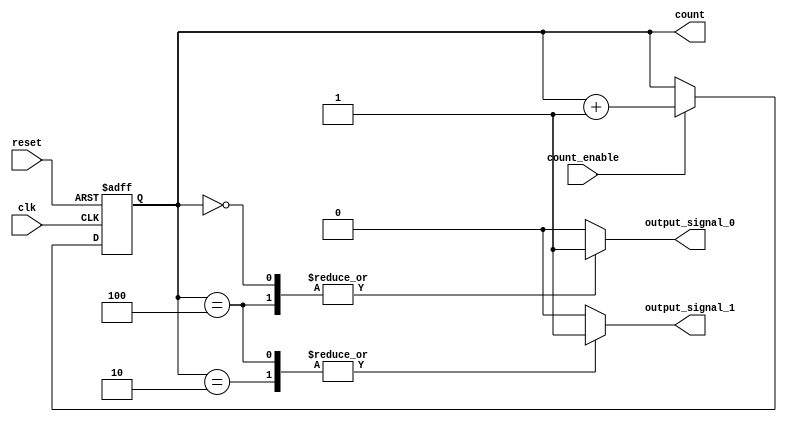
module synchronous_counter (
    input wire clk,                // Clock input
    input wire reset,              // Asynchronous reset input
    input wire count_enable,       // Count enable input
    output reg [3:0] count,        // 4-bit counter register
    output reg output_signal_0,    // Output signal based on count value
    output reg output_signal_1     // Another output signal based on count value
);

// Asynchronous reset and synchronous counting
always @(posedge clk or posedge reset) begin
    if (reset) begin
        count <= 4'b0000;          // Initialize counter to 0 on reset
    end else if (count_enable) begin
        count <= count + 1;        // Increment counter on clock edge if enabled
    end
end

// Output control logic based on the current count value
always @(*) begin
    // Default output values
    output_signal_0 = 1'b0;
    output_signal_1 = 1'b0;

    // Control logic for output signals based on count value
    case (count)
        4'b0000: begin
            output_signal_0 = 1'b1;  // Activate output_signal_0 when count is 0
        end
        4'b0010: begin
            output_signal_1 = 1'b1;  // Activate output_signal_1 when count is 2
        end
        4'b0100: begin
            output_signal_0 = 1'b1;  // Activate output_signal_0 when count is 4
            output_signal_1 = 1'b1;  // Activate output_signal_1 when count is 4
        end
        // Add more conditions as needed for other count values
        default: begin
            output_signal_0 = 1'b0;  // Deactivate output_signal_0 for other counts
            output_signal_1 = 1'b0;  // Deactivate output_signal_1 for other counts
        end
    endcase
end

endmodule